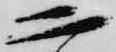
二